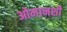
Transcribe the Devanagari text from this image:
ओमानशी